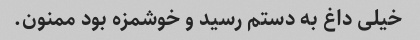
خیلی داغ به دستم رسید و خوشمزه بود ممنون.